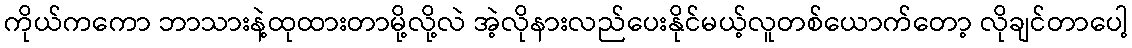
ကိုယ်ကကော ဘာသားနဲ့ထုထားတာမို့လို့လဲ အဲ့လိုနားလည်ပေးနိုင်မယ့်လူတစ်ယောက်တော့ လိုချင်တာပေါ့